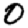
Digit: 0